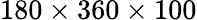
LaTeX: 180\times 360\times 100